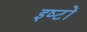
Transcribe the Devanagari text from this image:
इष्‍टों